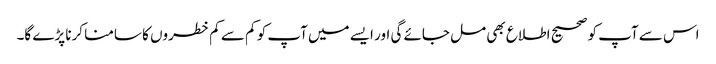
اس سے آپ کو صحیح اطلاع بھی مل جائے گی اور ایسے میں آپ کو کم سے کم خطروں کا سامنا کرنا پڑے گا۔